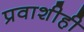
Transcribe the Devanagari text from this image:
प्रवाशीही